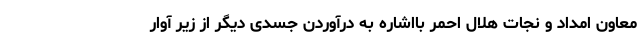
معاون امداد و نجات هلال احمر بااشاره به درآوردن جسدی دیگر از زیر آوار